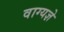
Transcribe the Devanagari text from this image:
वाग्यज्ञे